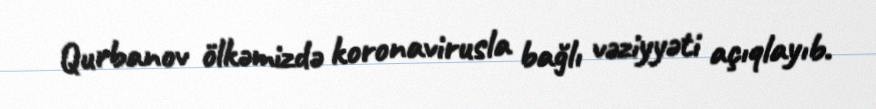
Qurbanov ölkəmizdə koronavirusla bağlı vəziyyəti açıqlayıb.